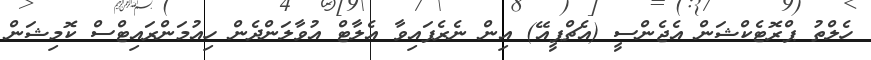
ހެލްތު ޕްރޮޓެކްޝަން އެޖެންސީ (އެޗްޕީއޭ) އިން ނެރެފައިވާ އެލާޓް އުވާލަންދެން ހިއުމަންރައިޓްސް ކޮމިޝަން